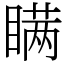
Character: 瞒